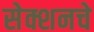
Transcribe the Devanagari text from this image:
सेक्शनचे